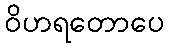
ဝိဟရတောပေ